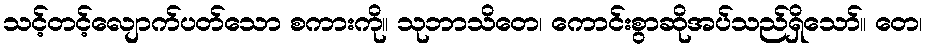
သင့်တင့်လျောက်ပတ်သော စကားကို။ သုဘာသိတေ၊ ကောင်းစွာဆိုအပ်သည်ရှိသော်။ တေ၊